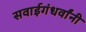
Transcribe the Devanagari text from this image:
सवाईगंधर्वांनी